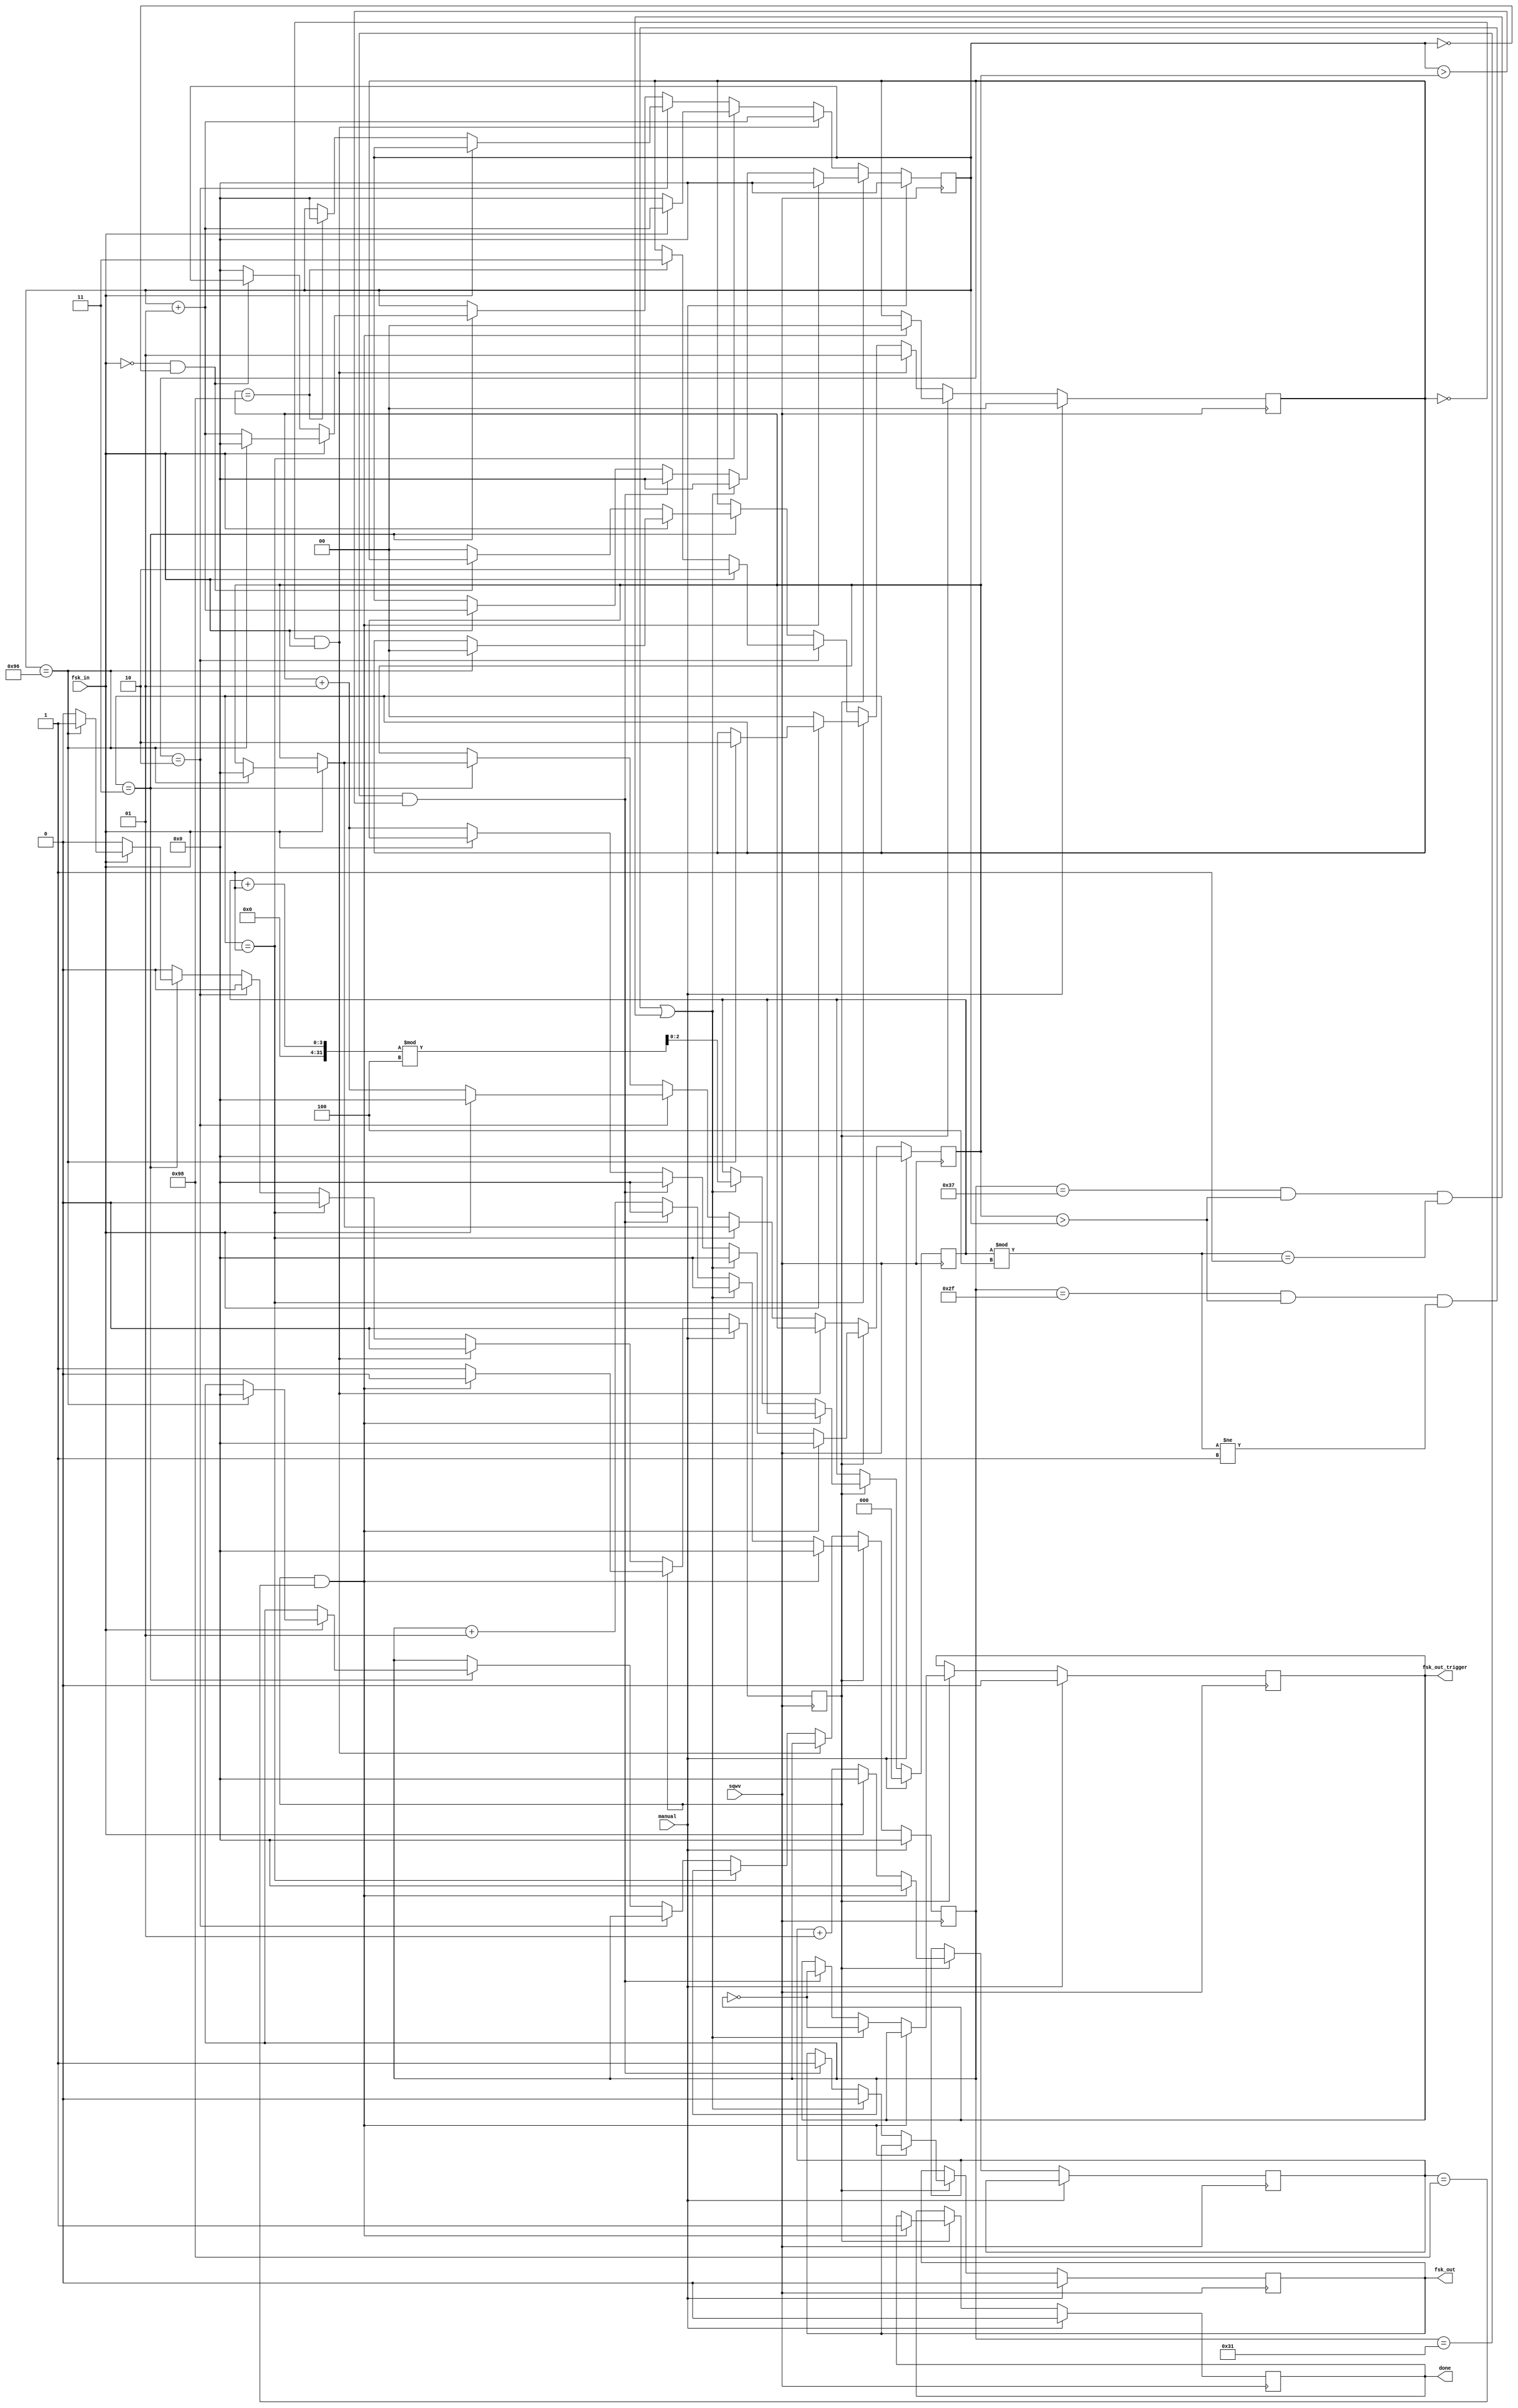
module fsk_iface_mchester(
    input sqwv,
    input fsk_in,
	 input manual,
    output reg fsk_out,
	 output reg fsk_out_trigger,
	 output reg done
    );
	
	integer count_0s, count_0secs, count_1s, count_all;
	reg [2:0] occurence;
	reg ready_or_not;
	reg [1:0] ready_preamble_stage;
	// 6ths are actually 6 7 6 6
	
	initial begin
		ready_or_not = 0;
		ready_preamble_stage = 0;
		count_0s = 0;
		count_1s = 0;
		count_all = 0;
		fsk_out_trigger = 0;
		fsk_out = 0;
		occurence = 0;
		done = 0;
	 end

	always @(posedge sqwv) begin
		//preamble
		if (manual == 1) begin
			ready_or_not <= 0;
			ready_preamble_stage <= 0;
			count_0s <= 0;
			count_1s <= 0;
			count_all <= 0;
			fsk_out <= 0;
			fsk_out_trigger <= 0;
			occurence <= 0;
			done <= 0;
		end
		else if (ready_or_not == 0) begin
			if (ready_preamble_stage == 0 && fsk_in == 1) begin
				  count_1s <= count_1s + 1;
				  ready_preamble_stage <= 1;
			end
			else if (ready_preamble_stage == 1) begin
				if (fsk_in == 1) begin
					count_1s <= count_1s + 1;
					if (count_1s == 150) begin
					  count_0s <= 0;
					  ready_preamble_stage <= 2;
					end
				end
				else begin
					count_1s <= 0;
					ready_preamble_stage <= 0;
				end
			end
			else if (ready_preamble_stage == 2) begin
				if (fsk_in == 0) begin
					count_0s <= count_0s + 1;
					if (count_0s == 152) begin
					  count_1s <= 0;
					  ready_preamble_stage <= 3;
					end
				end
				else begin
					count_0s <= 0;
					ready_preamble_stage <= 2;
				end
			end
			else if (ready_preamble_stage == 3) begin
				if (fsk_in == 1) begin
					count_1s <= count_1s + 1;
					if (count_1s == 150) begin
					  count_1s <= 0; count_0s <= 0; count_all <= 0;
					  ready_preamble_stage <= 0; ready_or_not <= 1;
					end
				end
				else if (fsk_in == 0 && count_1s == 0);
				else begin
					count_1s <= 0;
					ready_preamble_stage <= 0;
				end
			end
		end
		//postamble
		else if (ready_or_not == 1 && count_0secs == 152) begin
			ready_or_not <= 0;
			ready_preamble_stage <= 0;
			count_1s <= 0;
			count_0s <= 0;
			count_0secs <= 0;
			count_all <= 0;
			
			done <= 1;
		end
		
		//meat
		else begin
		if (fsk_in == 1) begin
		  count_1s <= count_1s + 1;
		  count_0secs <= 0;
		  count_all <= count_all + 1;
		  end
		else begin
		  count_0s <= count_0s + 1;
		  count_0secs <= count_0secs + 1;
		  count_all <= count_all + 1;
		  end
 
		  if (((count_all == 48-1) && (count_0s > count_1s) && (occurence % 4 != 1)) ||
		  ((count_all == 56-1) && (count_0s > count_1s) && (occurence % 4 == 1))) begin
			occurence <= (occurence + 1) % 4;
			fsk_out <= 0;
			fsk_out_trigger <= ~fsk_out_trigger;
			count_0s <= 0;
			count_1s <= 0;
			count_all <= 0;
			end
		  else if ((count_all == 50-1) && (count_1s > count_0s)) begin
			fsk_out <= 1;
			fsk_out_trigger <= ~fsk_out_trigger;
			count_0s <= 0;
			count_1s <= 0;
			count_all <= 0;
			end
		end
	end
endmodule